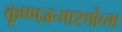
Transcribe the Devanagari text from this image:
कृष्णजन्माष्टमीच्या